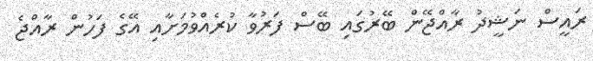
ރައީސް ނަޝީދު ރާއްޖޭން ބޭރުގައި ބޭސް ފަރުވާ ކުރެއްވުމަށާއި އޭގެ ފަހުން ރާއްޖެ